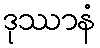
ဒုဿာနံ